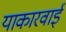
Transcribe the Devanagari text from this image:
याकारवाई